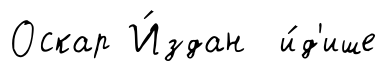
Оскар И́здан и́д'ише